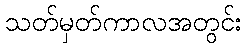
သတ်မှတ်ကာလအတွင်း